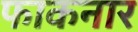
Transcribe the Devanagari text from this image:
फाकनार